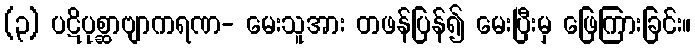
(၃) ပဋိပုစ္ဆာဗျာကရဏ- မေးသူအား တဖန်ပြန်၍ မေးပြီးမှ ဖြေကြားခြင်း။